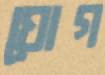
ঘোগ